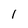
Character: 1